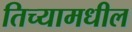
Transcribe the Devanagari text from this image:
तिच्यामधील